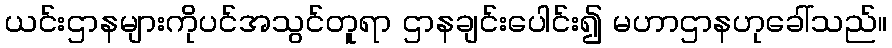
ယင်းဌာနများကိုပင်အသွင်တူရာ ဌာနချင်းပေါင်း၍ မဟာဌာနဟုခေါ်သည်။